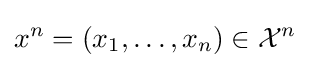
x^{n}=\left(x_{1},\ldots ,x_{n}\right)\in {\mathcal {X}}^{n}